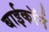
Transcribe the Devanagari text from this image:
बाईकॉर्न